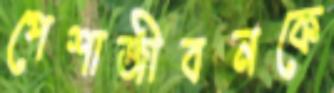
পেশাজীবনকে